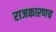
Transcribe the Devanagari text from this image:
राजकारणच